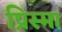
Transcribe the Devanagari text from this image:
प्रिस्मा